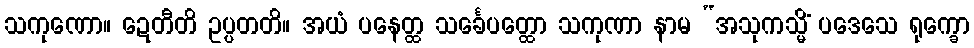
သကုဏော။ ဍေတီတိ ဥပ္ပတတိ။ အယံ ပနေတ္ထ သင်္ခေပတ္ထော သကုဏာ နာမ “အသုကသ္မိံ ပဒေသေ ရုက္ခော